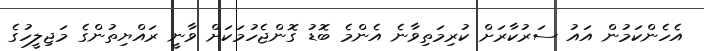
އެހެންކަމުން އައު ސަރުކާރަށް ކުރިމަތިވާނެ އެންމެ ބޮޑު ގޮންޖެހުމަކަށް ވާނީ ރައްޔިތުންގެ މަޖިލީހުގެ